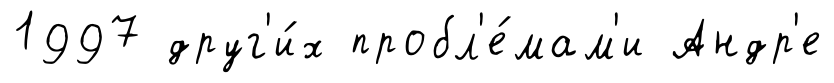
1997 друг'и́х пробл'е́мам'и Андр'е